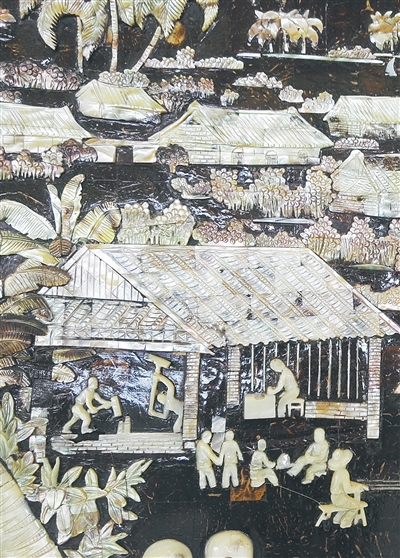
岭水争分路转迷，桄榔椰叶暗蛮溪。